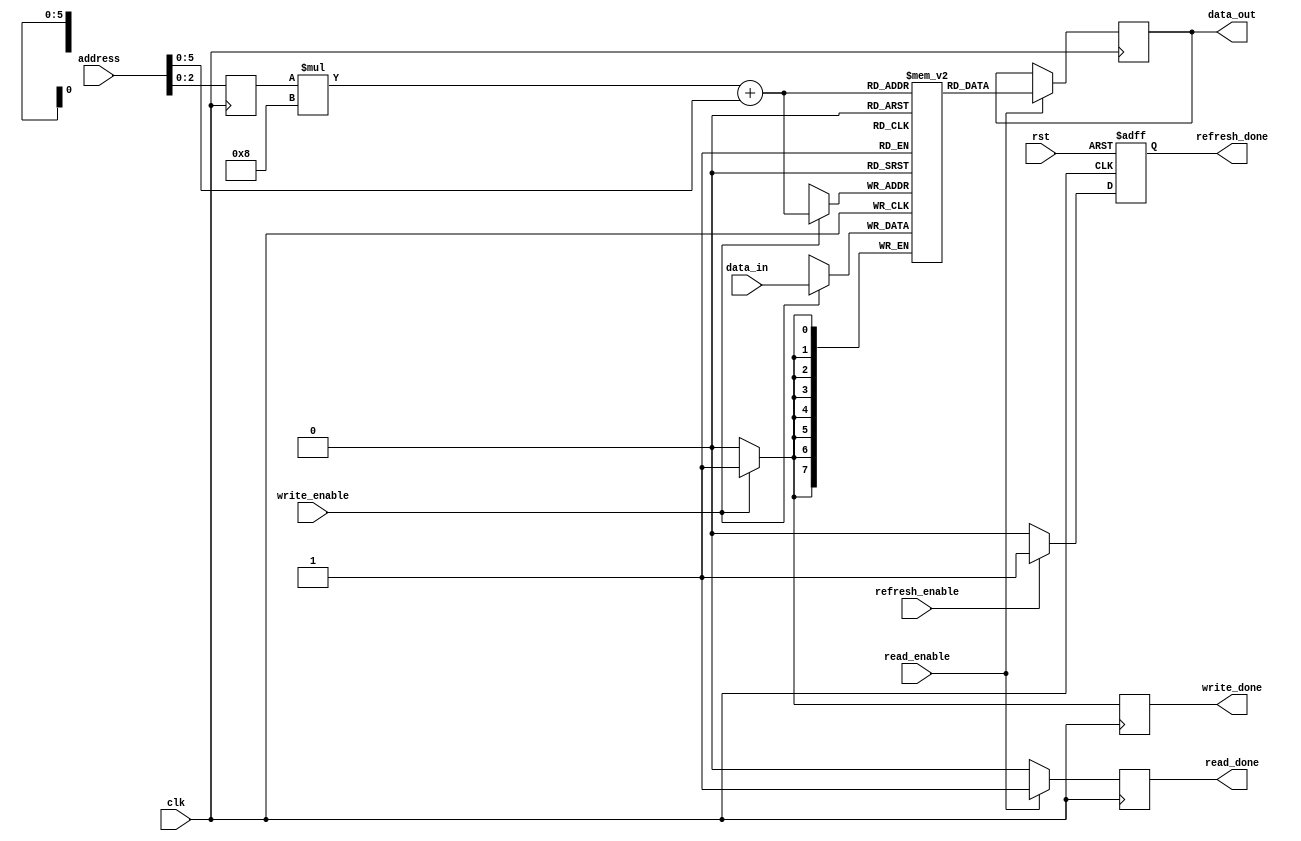
module SDRAM (
    input wire clk,
    input wire rst,
    input wire [7:0] address,
    input wire [7:0] data_in,
    output wire [7:0] data_out,
    output reg read_done,
    output reg write_done,
    output reg refresh_done,
    input wire read_enable,
    input wire write_enable,
    input wire refresh_enable
);

// Parameter for the number of memory blocks
parameter NUM_BLOCKS = 8;
// Parameter for the number of data bits stored in each memory block
parameter DATA_WIDTH = 8;

reg [DATA_WIDTH-1:0] memory[NUM_BLOCKS-1][DATA_WIDTH-1:0];

// Address decoding logic
reg [2:0] selected_block;
always @(posedge clk) begin
    selected_block <= address[2:0];
end

// Read and write operations
always @(posedge clk) begin
    if (read_enable) begin
        data_out <= memory[selected_block][address[DATA_WIDTH-1:0]];
        read_done <= 1;
    end else begin
        read_done <= 0;
    end
    
    if (write_enable) begin
        memory[selected_block][address[DATA_WIDTH-1:0]] <= data_in;
        write_done <= 1;
    end else begin
        write_done <= 0;
    end
end

// Refresh logic
always @(posedge clk or posedge rst) begin
    if (rst) begin
        refresh_done <= 0;
    end else if (refresh_enable) begin
        // Refresh all memory blocks here
        refresh_done <= 1;
    end else begin
        refresh_done <= 0;
    end
end

endmodule